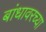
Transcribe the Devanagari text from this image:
बांधावरच्या